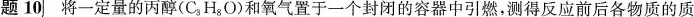
题10 将一定量的丙醇(C_{3}H_{8}O)和氧气置于一个封闭的容器中引燃，测得反应前后各物质的质